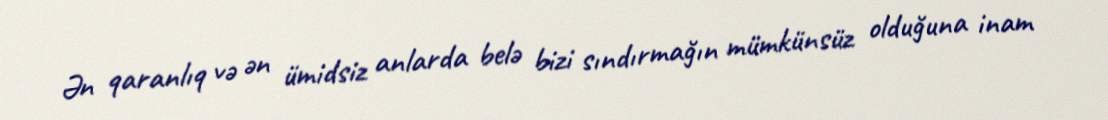
Ən qaranlıq və ən ümidsiz anlarda belə bizi sındırmağın mümkünsüz olduğuna inam